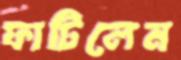
ফাটিলেন